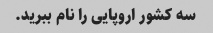
سه کشور اروپایی را نام ببرید.